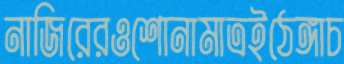
নাজিরেরওশোনামাত্রইঠেঙ্গাচ